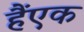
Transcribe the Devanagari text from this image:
हैंएक